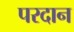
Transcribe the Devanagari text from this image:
परदान